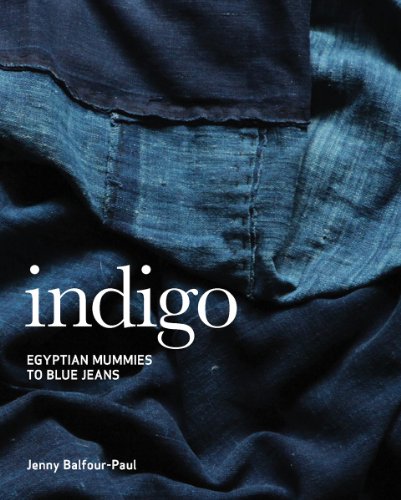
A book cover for Indigo: Egyptian Mummies to Blue Jeans; Jenny Balfour-Paul; Crafts, Hobbies & Home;